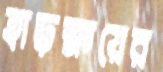
হাড়ক্ষয়ের